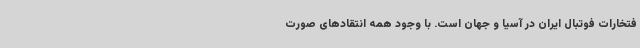
فتخارات فوتبال ایران در آسیا و جهان است. با وجود همه انتقادهای صورت